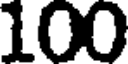
100